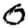
Digit: 0